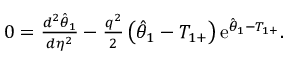
\begin{array} { r } { 0 = \frac { d ^ { 2 } \hat { \theta } _ { 1 } } { d \eta ^ { 2 } } - \frac { q ^ { 2 } } { 2 } \left( \hat { \theta } _ { 1 } - T _ { 1 + } \right) \mathrm { e } ^ { \hat { \theta } _ { 1 } - T _ { 1 + } } . } \end{array}